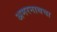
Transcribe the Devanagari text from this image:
अमरनाथचा